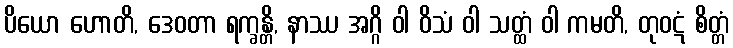
ပိယော ဟောတိ, ဒေဝတာ ရက္ခန္တိ, နာဿ အဂ္ဂိ ဝါ ဝိသံ ဝါ သတ္ထံ ဝါ ကမတိ, တုဝဋံ စိတ္တံ